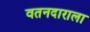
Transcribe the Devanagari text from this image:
वतनदाराला